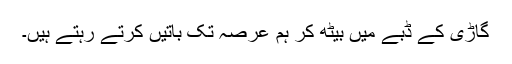
گاڑی کے ڈبے میں بیٹھ کر ہم عرصہ تک باتیں کرتے رہتے ہیں۔